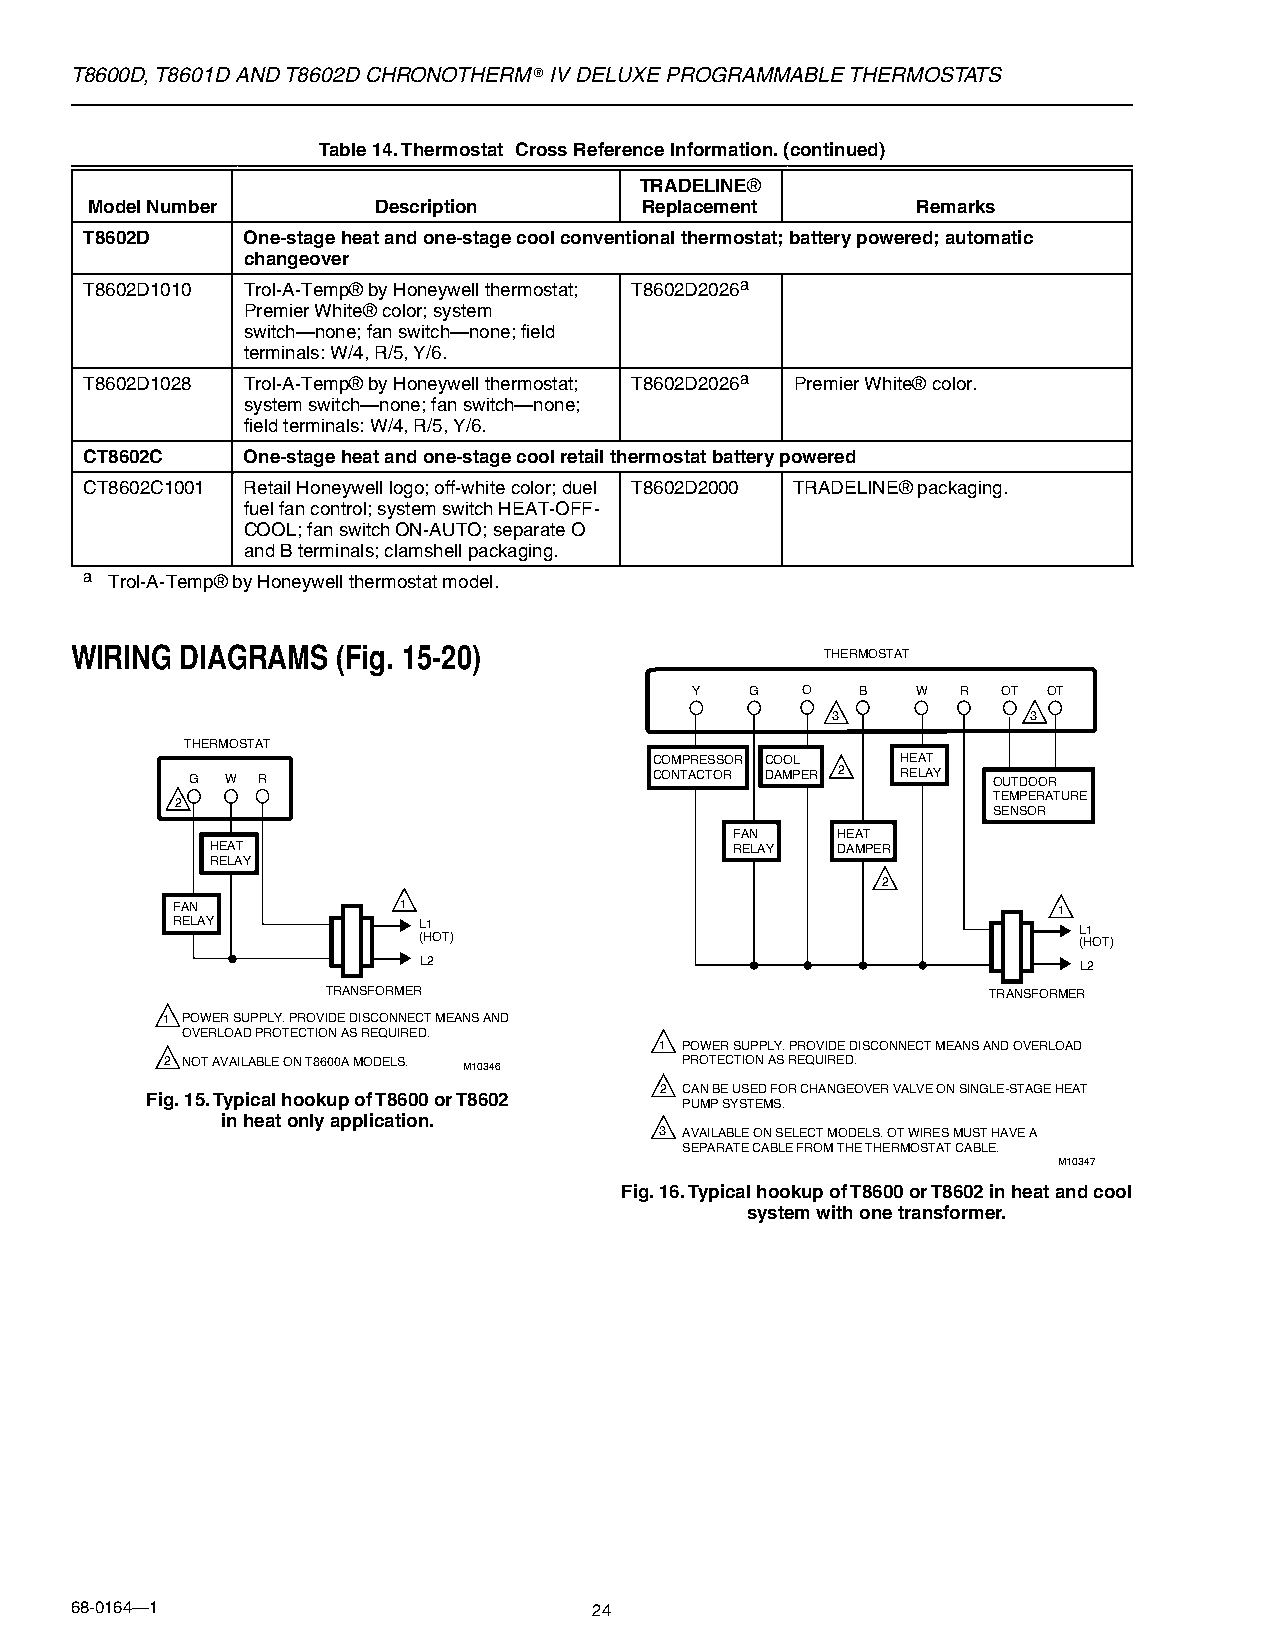
T8600D, T8601D AND T8602D CHRONOTHERM® IV DELUXE PROGRAMMABLE THERMOSTATS
 Table 14. Thermostat Cross Reference Information. (continued)
 TRADELINE®
 Model Number       Description      Replacement        Remarks
 T8602D    One-stage heat and one-stage cool conventional thermostat; battery powered; automatic
 changeover
 T8602D1010 Trol-A-Temp® by Honeywell thermostat; T8602D2026a
 Premier White® color; system
 switch—none; fan switch—none; field
 terminals: W/4, R/5, Y/6.
 T8602D1028 Trol-A-Temp® by Honeywell thermostat; T8602D2026a Premier White® color.
 system switch—none; fan switch—none;
 field terminals: W/4, R/5, Y/6.
 CT8602C   One-stage heat and one-stage cool retail thermostat battery powered
 CT8602C1001 Retail Honeywell logo; off-white color; duel T8602D2000 TRADELINE® packaging.
 fuel fan control; system switch HEAT-OFF-
 COOL; fan switch ON-AUTO; separate O
 and B terminals; clamshell packaging.
 a Trol-A-Temp® by Honeywell thermostat model.
 WIRING DIAGRAMS  (Fig. 15-20)                     THERMOSTAT
 Y   G  O   B   W  R OT OT
 3            3
 THERMOSTAT
 COMPRESSOR COOL  HEAT
 G W R                         CONTACTOR DAMPER 2 RELAY OUTDOOR
 2                                                     TEMPERATURE
 SENSOR
 FAN   HEAT
 HEAT                               RELAY DAMPER
 RELAY
 2
 FAN            1                                           1
 RELAY            L1                                         L1
 (HOT)                                      (HOT)
 L2                                         L2
 TRANSFORMER                                TRANSFORMER
 1 POWER SUPPLY. PROVIDE DISCONNECT MEANS AND
 OVERLOAD PROTECTION AS REQUIRED.
 1 POWER SUPPLY. PROVIDE DISCONNECT MEANS AND OVERLOAD
 2 NOT AVAILABLE ON T8600A MODELS. M10346 PROTECTION AS REQUIRED.
 2 CAN BE USED FOR CHANGEOVER VALVE ON SINGLE-STAGE HEAT
 Fig. 15. Typical hookup of T8600 or T8602
 PUMP SYSTEMS.
 in heat only application.
 3 AVAILABLE ON SELECT MODELS. OT WIRES MUST HAVE A
 SEPARATE CABLE FROM THE THERMOSTAT CABLE.
 M10347
 Fig. 16. Typical hookup of T8600 or T8602 in heat and cool
 system with one transformer.
 68-0164—1                         24